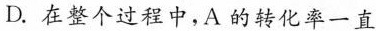
D.在整个过程中，A的转化率一直